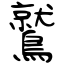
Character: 鷲